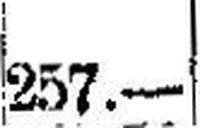
257.—